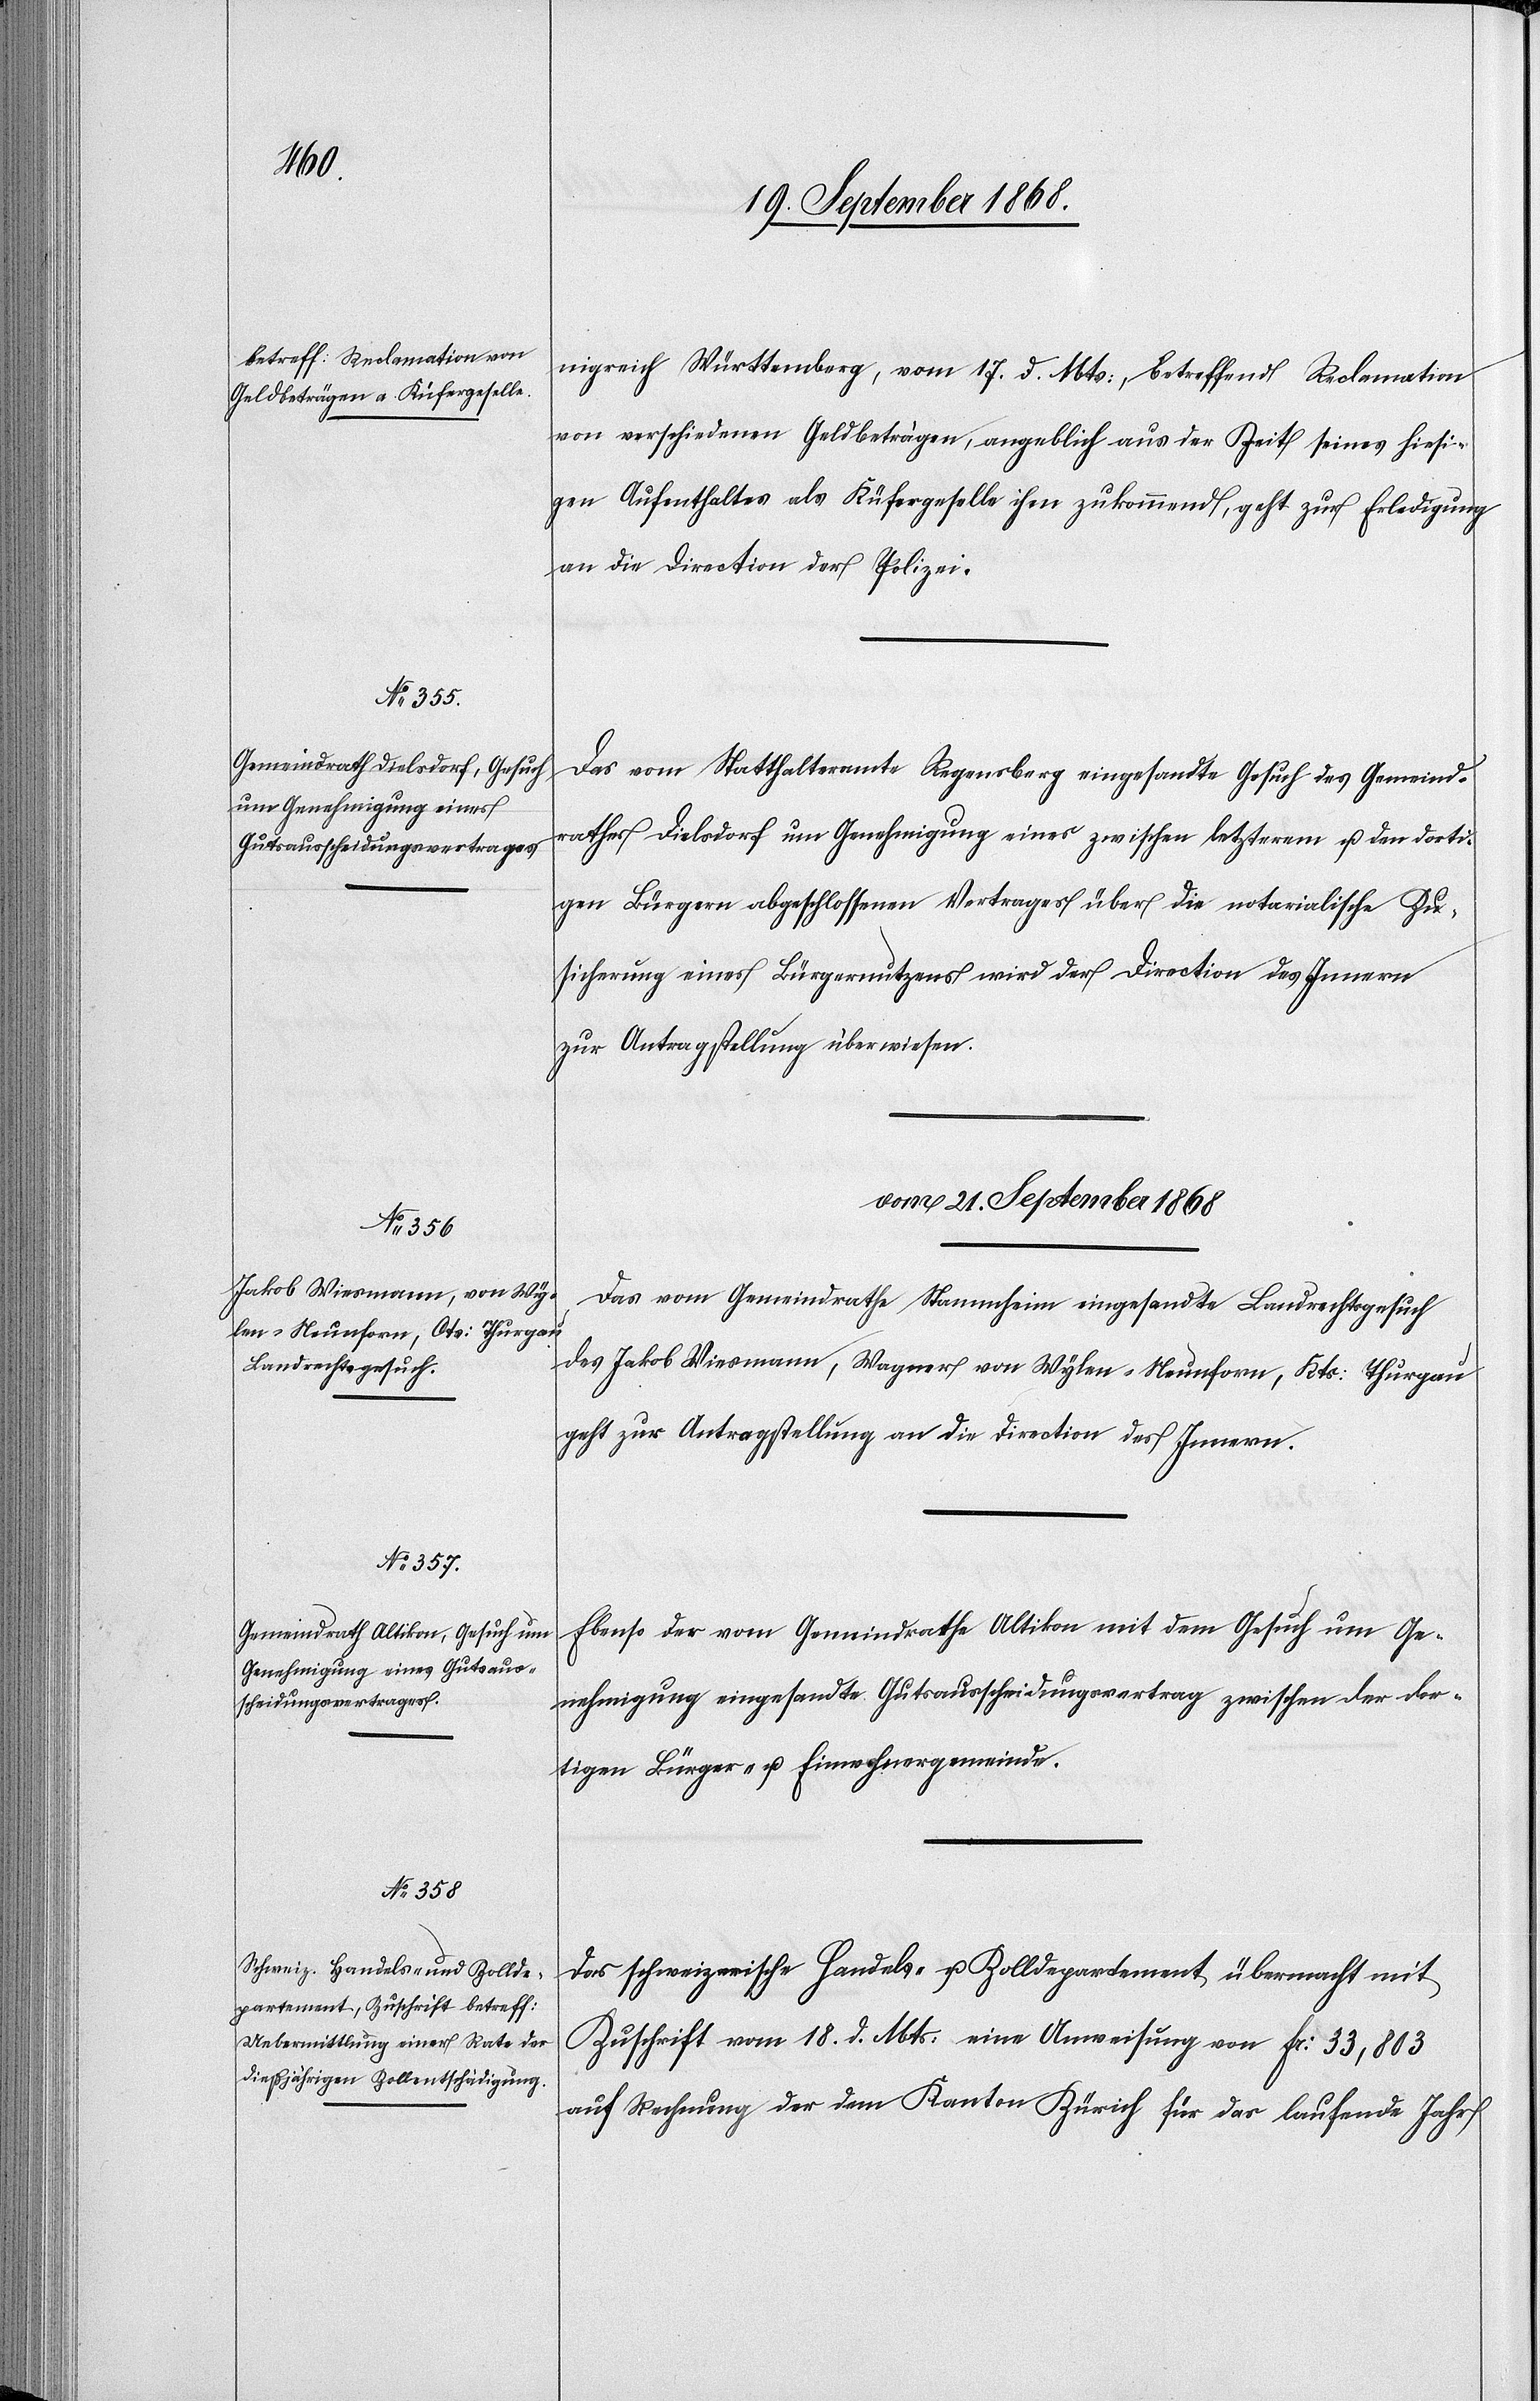
19. September 1868]
nigreich Württemberg, vom 17. d. Mts:, betreffend Reclamation
von verschiedenen Geldbeträgen, angeblich aus der Zeit seines hiesi¬
gen Aufenthaltes als Küfergeselle ihm zukommend, geht zur Erledigung
an die Direction der Polizei.
Das vom Statthalteramte Regensberg eingesandte Gesuch des Gemeind¬
rathes Dielsdorf um Genehmigung eines zwischen letzterem u. den dorti¬
gen Bürgern abgeschlossenen Vertrages über die notarialische Zu¬
sicherung eines Bürgernutzens wird der Direction des Innern
zur Antragstellung überwiesen.
vom 21. September 1868]
Das vom Gemeindrathe Stammheim eingesandte Landrechtsgesuch
des Jakob Wiesmann, Wagner von Wylen - Neunforn, Kts: Thurgau
geht zur Antragstellung an die Direction des Innern.
Ebenso der vom Gemeindrathe Altikon mit dem Gesuch um Ge¬
nehmigung eingesandte Gutsausscheidungsvertrag zwischen der dor¬
tigen Bürger- u. Einwohnergemeinde.
Das schweizerische Handels- u. Zolldepartement übermacht mit
Zuschrift vom 18. d. Mts: eine Anweisung von Fr: 33,803
auf Rechnung der dem Kanton Zürich für das laufende Jahr